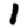
Digit: 1